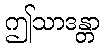
ဤသာဒန္တာ